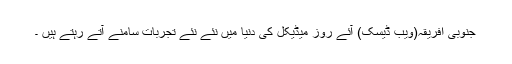
جنوبی افریقہ(ویب ڈیسک) آئے روز میڈیکل کی دنیا میں نئے نئے تجربات سامنے آتے رہتے ہیں ۔